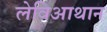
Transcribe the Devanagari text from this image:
लेविआथान